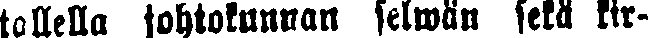
tallella johtokunnan selwän sekä kir-